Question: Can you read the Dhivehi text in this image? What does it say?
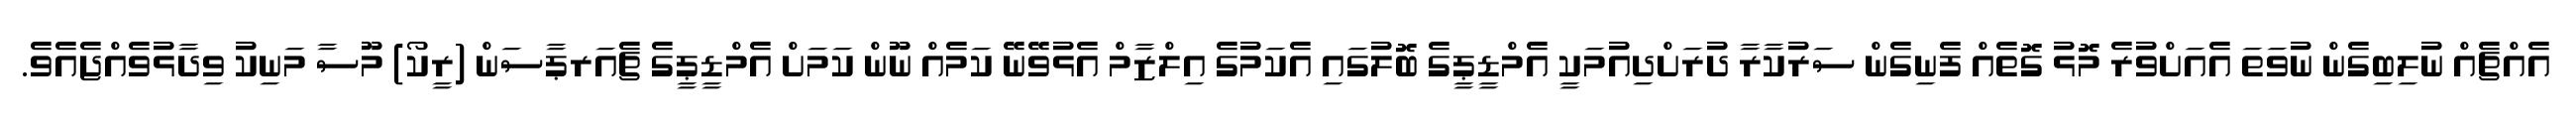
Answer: އެއްޗެއް ނުލިބިގެން ނުވަތަ އެއަށްވުރެ މޮޅު ގޮތެއް ފެނިގެން ސަރުކާރާ ދުރަށްދިއުމަކީ އެމްޑީޕީގެ ބޮލުގައި އެކަމުގެ އިލްޒާމް އެޅުވޭނޭ ކަމެއް ނޫން ކަމަށް އެމްޑީޕީގެ ޗެއަރޕާސަން (ރީކޯ) މޫސާ މަނިކު ވިދާޅުވެއްޖެއެވެ.